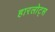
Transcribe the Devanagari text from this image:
हारलोट्स